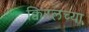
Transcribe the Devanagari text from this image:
क्विरलच्या